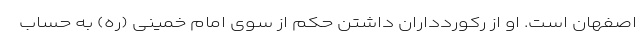
اصفهان است. او از رکوردداران داشتن حکم از سوی امام خمینی (ره) به حساب